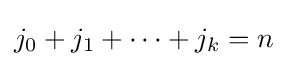
j_{0}+j_{1}+\cdots +j_{k}=n